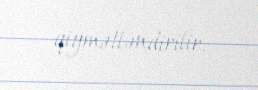
qiymətləndirilir.